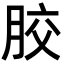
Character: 㬵